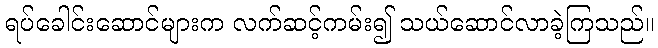
ရပ်ခေါင်းဆောင်များက လက်ဆင့်ကမ်း၍ သယ်ဆောင်လာခဲ့ကြသည်။